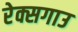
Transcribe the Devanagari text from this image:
रेक्सगाउ